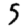
Digit: 5